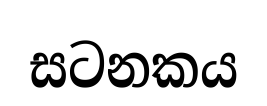
සටනකය